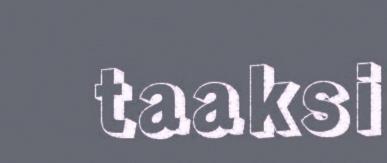
taaksi